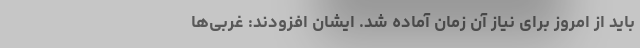
باید از امروز برای نیاز آن زمان آماده شد. ایشان افزودند: غربی‌ها